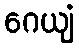
ဂေယျံ